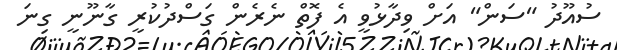
ސުއޫދު "ސަން" އަށް ވިދާޅުވީ އެ ފޮތް ނެރެން ގަސްދުކުރީ ގާނޫނީ ގިނަ